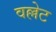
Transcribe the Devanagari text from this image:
वल्लेट